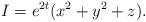
LaTeX: \begin{align*}I=e^{2t}(x^{2}+y^{2}+z). \end{align*}